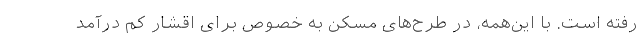
رفته است. با این‌همه، در طرح‌های مسکن به خصوص برای اقشار کم درآمد